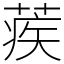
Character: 蒺